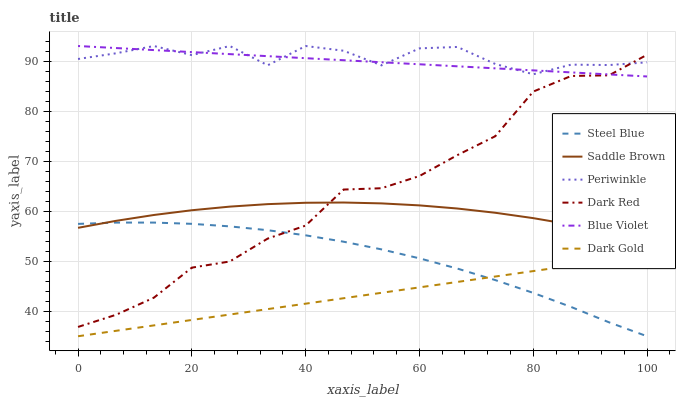
| xaxis_label | Steel Blue | Saddle Brown | Periwinkle | Dark Red | Blue Violet | Dark Gold |
 | --- | --- | --- | --- | --- | --- | --- |
 | 0 | 57.5 | 56.7 | 90.4 | 36.9 | 93 | 35 |
 | 6.67 | 57.7 | 58.1 | 91.5 | 39.3 | 92.6 | 36.1 |
 | 13.3 | 57.7 | 59.2 | 93 | 42.7 | 92.2 | 37.2 |
 | 20 | 57.5 | 60.2 | 91.2 | 48.7 | 91.8 | 38.3 |
 | 26.7 | 57 | 60.9 | 93 | 49.9 | 91.4 | 39.3 |
 | 33.3 | 56.2 | 61.4 | 89.1 | 54.5 | 91 | 40.4 |
 | 40 | 55.2 | 61.7 | 93 | 57.1 | 90.6 | 41.5 |
 | 46.7 | 53.9 | 61.7 | 92.1 | 64.3 | 90.2 | 42.6 |
 | 53.3 | 52.4 | 61.5 | 89.1 | 64.6 | 89.8 | 43.7 |
 | 60 | 50.6 | 61.1 | 92.5 | 67 | 89.3 | 44.8 |
 | 66.7 | 48.5 | 60.5 | 92.8 | 71.2 | 88.9 | 45.9 |
 | 73.3 | 46.2 | 59.7 | 89.4 | 75 | 88.5 | 46.9 |
 | 80 | 43.7 | 58.6 | 87.4 | 83.9 | 88.1 | 48 |
 | 86.7 | 40.8 | 57.3 | 89.3 | 87 | 87.7 | 49.1 |
 | 93.3 | 37.8 | 55.8 | 89.2 | 87.1 | 87.3 | 50.2 |
 | 100 | 35 | 54 | 89.7 | 91.3 | 86.9 | 51.3 |